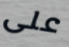
على